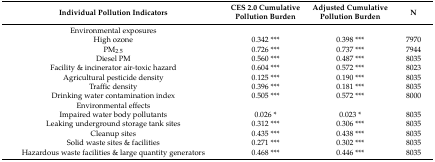
<table><thead><tr><td><b>Individual Pollution Indicators</b></td><td><b>CES 2.0 Cumulative Pollution Burden</b></td><td><b>Adjusted Cumulative Pollution Burden</b></td><td><b>N</b></td></tr></thead><tbody><tr><td>Environmental exposures</td><td></td><td></td><td></td></tr><tr><td>High ozone</td><td>0.342 ***</td><td>0.398 ***</td><td>7970</td></tr><tr><td>PM<sub>2.5</sub></td><td>0.726 ***</td><td>0.737 ***</td><td>7944</td></tr><tr><td>Diesel PM</td><td>0.560 ***</td><td>0.487 ***</td><td>8035</td></tr><tr><td>Facility &amp; incinerator air-toxic hazard</td><td>0.604 ***</td><td>0.572 ***</td><td>8023</td></tr><tr><td>Agricultural pesticide density</td><td>0.125 ***</td><td>0.190 ***</td><td>8035</td></tr><tr><td>Traffic density</td><td>0.396 ***</td><td>0.181 ***</td><td>8035</td></tr><tr><td>Drinking water contamination index</td><td>0.505 ***</td><td>0.572 ***</td><td>8000</td></tr><tr><td>Environmental effects</td><td></td><td></td><td></td></tr><tr><td>Impaired water body pollutants</td><td>0.026 *</td><td>0.023 *</td><td>8035</td></tr><tr><td>Leaking underground storage tank sites</td><td>0.312 ***</td><td>0.306 ***</td><td>8035</td></tr><tr><td>Cleanup sites</td><td>0.435 ***</td><td>0.438 ***</td><td>8035</td></tr><tr><td>Solid waste sites &amp; facilities</td><td>0.271 ***</td><td>0.302 ***</td><td>8035</td></tr><tr><td>Hazardous waste facilities &amp; large quantity generators</td><td>0.468 ***</td><td>0.446 ***</td><td>8035</td></tr></tbody></table>